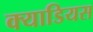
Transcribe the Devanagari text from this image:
क्याडियस